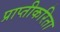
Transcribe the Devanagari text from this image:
प्राप्तीकरिता